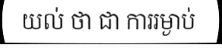
យល់ ថា ជា ការរម្ងាប់